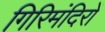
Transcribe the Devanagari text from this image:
गिरिमंदिरों